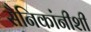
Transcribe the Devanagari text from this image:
सैनिकांनीशी